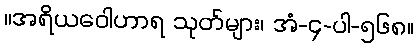
။အရိယဝေါဟာရ သုတ်များ၊ အံ-၄-ပါ-၅၆၈။